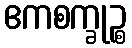
ဧကစက္ခုဉ္စ